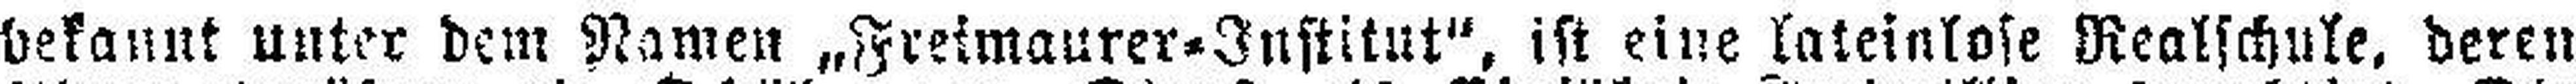
bekannt unter dem Namen „Freimaurer=Institut“, ist eine lateinlose Realschule, deren